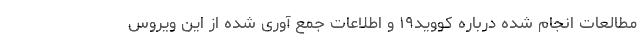
مطالعات انجام شده درباره کووید۱۹ و اطلاعات جمع آوری شده از این ویروس